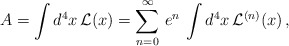
\begin{align*}A = \int d^4x \, {\cal L}(x) = \sum_{n = 0}^{\infty}\, e^n \, \int d^4x \, {\cal L}^{(n)}(x) \,,\end{align*}